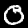
Label: 0